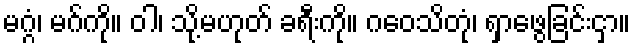
မဂ္ဂံ၊ မဂ်ကို။ ဝါ၊ သို့မဟုတ် ခရီးကို။ ဂဝေသိတုံ၊ ရှာဖွေခြင်းငှာ။